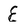
Character: E